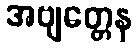
အဗျတ္တေန